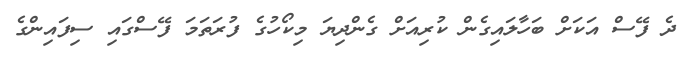
ދެ ފޭސް އަކަށް ބަހާލައިގެން ކުރިއަށް ގެންދިޔަ މިކޯހުގެ ފުރަތަމަ ފޭސްގައި ސިފައިންގެ